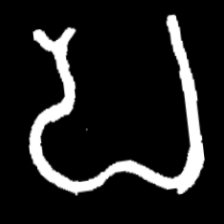
Pyu character \u2014 Myanmar letter: ပ (romanized: pa)